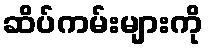
ဆိပ်ကမ်းများကို